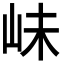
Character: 𡶎